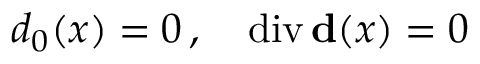
d _ { 0 } ( x ) = 0 \, , \quad \mathrm { d i v } \, { \bf d } ( x ) = 0